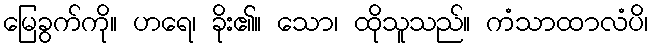
မြေခွက်ကို။ ဟရေ၊ ခိုး၏။ သော၊ ထိုသူသည်။ ကံသာထာလံပိ၊